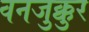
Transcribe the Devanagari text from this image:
वनजुक्कुर